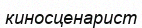
киносценарист